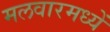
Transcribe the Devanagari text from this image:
मलवारमध्यें